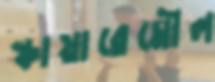
স্কায়ারেমৌল